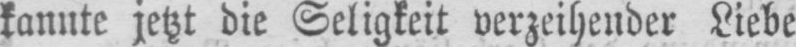
kannte jetzt die Seligkeit verzeihender Liebe